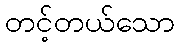
တင့်တယ်သော